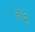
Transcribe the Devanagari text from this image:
र३